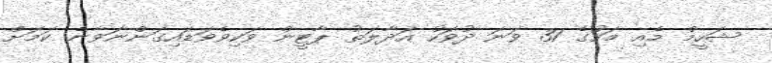
ޝަހީމް މެއި މަހުގެ 31 ވަނަ ދުވަހު އަދާލަތު ޕާޓީން ވަކިވެވަޑައިގަންނަވާނެ ކަމަށް